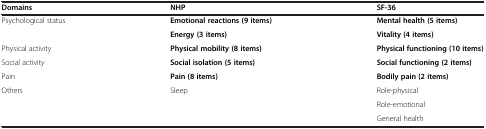
| Domains | NHP | SF-36 |
 | --- | --- | --- |
 | Psychological status | Emotional reactions (9 items) | Mental health (5 items) |
 |  | Energy (3 items) | Vitality (4 items) |
 | Physical activity | Physical mobility (8 items) | Physical functioning (10 items) |
 | Social activity | Social isolation (5 items) | Social functioning (2 items) |
 | Pain | Pain (8 items) | Bodily pain (2 items) |
 | Others | Sleep | Role-physical |
 |  |  | Role-emotional |
 |  |  | General health |